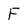
Character: F